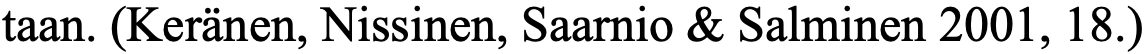
taan. (Keränen, Nissinen, Saarnio & Salminen 2001, 18.)